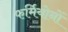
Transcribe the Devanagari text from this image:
फर्मियोनों